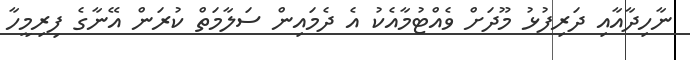
ނާހިދާއާއި ދަރިފުޅު މޫދަށް ވެއްޓުމާއެކު އެ ދެމައިން ސަލާމަތް ކުރަން އޭނާގެ ފިރިމީހާ